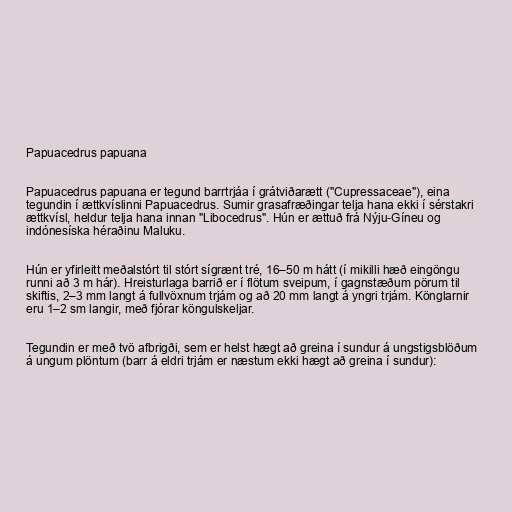
Papuacedrus papuana

Papuacedrus papuana er tegund barrtrjáa í grátviðarætt ("Cupressaceae"), eina
tegundin í ættkvíslinni Papuacedrus. Sumir grasafræðingar telja hana ekki í sérstakri
ættkvísl, heldur telja hana innan "Libocedrus". Hún er ættuð frá Nýju-Gíneu og
indónesíska héraðinu Maluku.

Hún er yfirleitt meðalstórt til stórt sígrænt tré, 16–50 m hátt (í mikilli hæð eingöngu
runni að 3 m hár). Hreisturlaga barrið er í flötum sveipum, í gagnstæðum pörum til
skiftis, 2–3 mm langt á fullvöxnum trjám og að 20 mm langt á yngri trjám. Könglarnir
eru 1–2 sm langir, með fjórar köngulskeljar.

Tegundin er með tvö afbrigði, sem er helst hægt að greina í sundur á ungstigsblöðum
á ungum plöntum (barr á eldri trjám er næstum ekki hægt að greina í sundur):